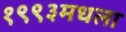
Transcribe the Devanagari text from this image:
१९९३मधला